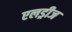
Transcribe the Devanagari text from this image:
एलड्रीज